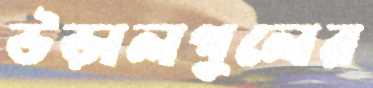
উড়ালপুলের